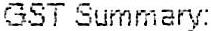
GST SUMMARY: